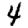
Digit: 4